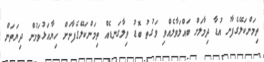
ތިމަންކަލޭގެފާނު އުޑާ ދިމާލަށް ބައްލަވާލެއްވި ވަގުތު ބޮޑު ވިލާގަނޑެއް ތިމަންކަލޭގެފާނަށް ހިޔާއަޅުވަމުން ދިޔަތަން